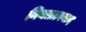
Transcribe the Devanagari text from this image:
नियतत्त्ववाद